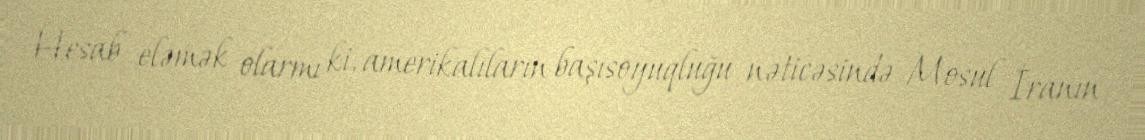
Hesab eləmək olarmı ki, amerikalıların başısoyuqluğu nəticəsində Mosul İranın